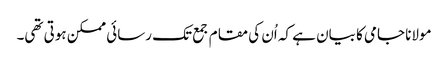
مولانا جامی کا بیان ہے کہ اُن کی مقام جمع تک رسائی ممکن ہوتی تھی۔